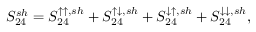
{ S _ { 2 4 } ^ { s h } = S _ { 2 4 } ^ { \uparrow \uparrow , s h } + S _ { 2 4 } ^ { \uparrow \downarrow , s h } + S _ { 2 4 } ^ { \downarrow \uparrow , s h } + S _ { 2 4 } ^ { \downarrow \downarrow , s h } } ,